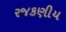
રજકણીય